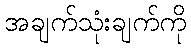
အချက်သုံးချက်ကို